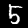
Digit: 5